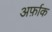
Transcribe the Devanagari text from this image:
अर्फ़ाक